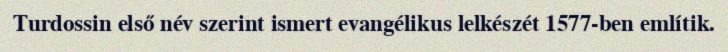
Turdossin első név szerint ismert evangélikus lelkészét 1577-ben említik.